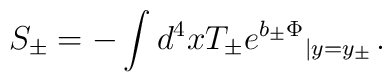
S_\pm = -\int d^4 x T_\pm {e^{b_\pm \Phi}}_{\left| y = y_\pm\right. } .